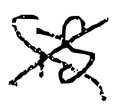
Text: is
Cross-out: cross
Writing tool: digital_black